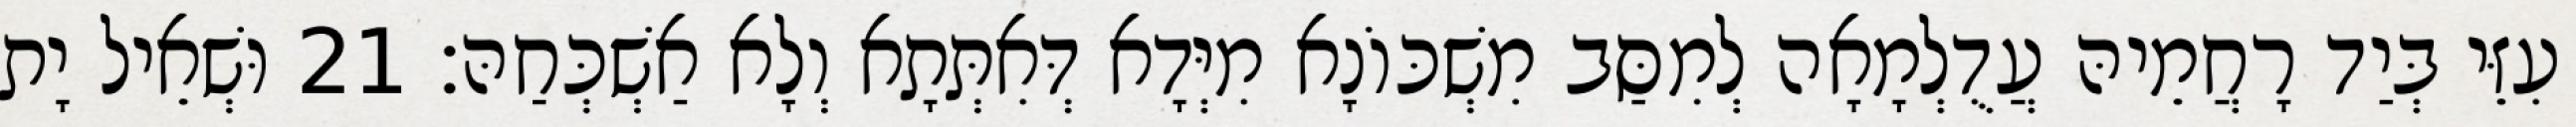
עִזֵּי בְּיַד רָחֲמֵיהּ עֲדֻלְמָאָה לְמִסַּב מִשְׁכּוֹנָא מִיְּדָא דְּאִתְּתָא וְלָא אַשְׁכְּחַהּ׃ 21 וּשְׁאֵיל יָת